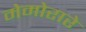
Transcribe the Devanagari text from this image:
मेमोरारे